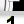
Digit: 1